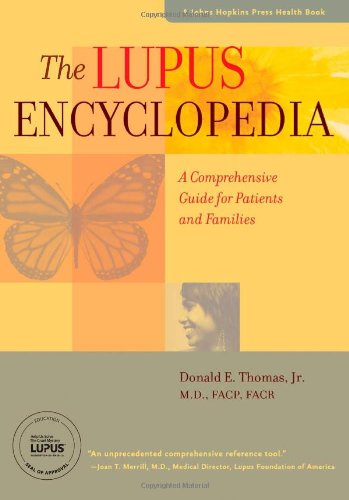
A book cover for The Lupus Encyclopedia: A Comprehensive Guide for Patients and Families (A Johns Hopkins Press Health Book); Donald E. Thomas Jr. MD FACP FACR; Health, Fitness & Dieting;